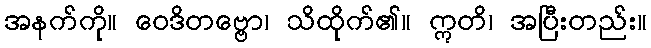
အနက်ကို။ ဝေဒိတဗ္ဗော၊ သိထိုက်၏။ ဣတိ၊ အပြီးတည်း။